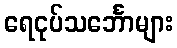
ရေငုပ်သင်္ဘောများ